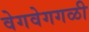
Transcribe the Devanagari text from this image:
वेगवेगगळी